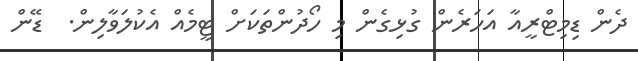
ދެން ޑިމިޓްރީއާ އަހަރެން ގުޅިގެން މި ހޯދުންތަކަށް ޓީމެއް އެކުލަވާލިން.  ޑޭން